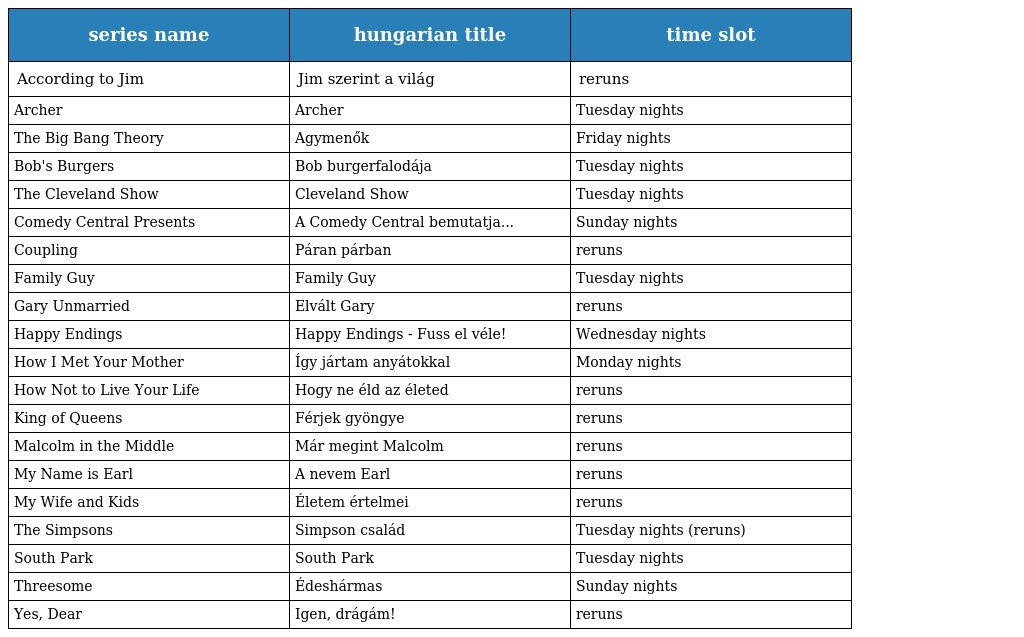
| series name | hungarian title | time slot |
 | --- | --- | --- |
 | According to Jim | Jim szerint a világ | reruns |
 | Archer | Archer | Tuesday nights |
 | The Big Bang Theory | Agymenők | Friday nights |
 | Bob's Burgers | Bob burgerfalodája | Tuesday nights |
 | The Cleveland Show | Cleveland Show | Tuesday nights |
 | Comedy Central Presents | A Comedy Central bemutatja... | Sunday nights |
 | Coupling | Páran párban | reruns |
 | Family Guy | Family Guy | Tuesday nights |
 | Gary Unmarried | Elvált Gary | reruns |
 | Happy Endings | Happy Endings - Fuss el véle! | Wednesday nights |
 | How I Met Your Mother | Így jártam anyátokkal | Monday nights |
 | How Not to Live Your Life | Hogy ne éld az életed | reruns |
 | King of Queens | Férjek gyöngye | reruns |
 | Malcolm in the Middle | Már megint Malcolm | reruns |
 | My Name is Earl | A nevem Earl | reruns |
 | My Wife and Kids | Életem értelmei | reruns |
 | The Simpsons | Simpson család | Tuesday nights (reruns) |
 | South Park | South Park | Tuesday nights |
 | Threesome | Édeshármas | Sunday nights |
 | Yes, Dear | Igen, drágám! | reruns |